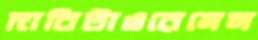
দাবিটাওরেনেল